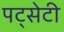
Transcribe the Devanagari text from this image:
पट्सेटी